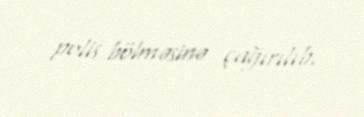
polis bölməsinə çağırılıb.